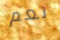
نعم